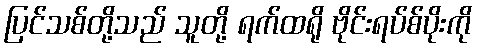
ပြင်သစ်တို့သည် သူတို့ ရက်ထရို ဗိုင်းရပ်စ်ပိုးကို